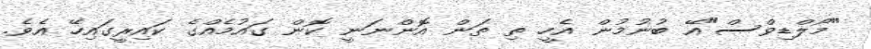
"މޯލްޑިވްސް"އޭ ބުނުމުން އެހީ ތި ތަން އޮންނަނީ ކޮން ގައުމެއްގެ ކައިރީގައިހޭ އެވެ.